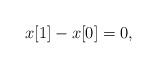
LaTeX: \begin{align*}x[1]-x[0]=0,\end{align*}